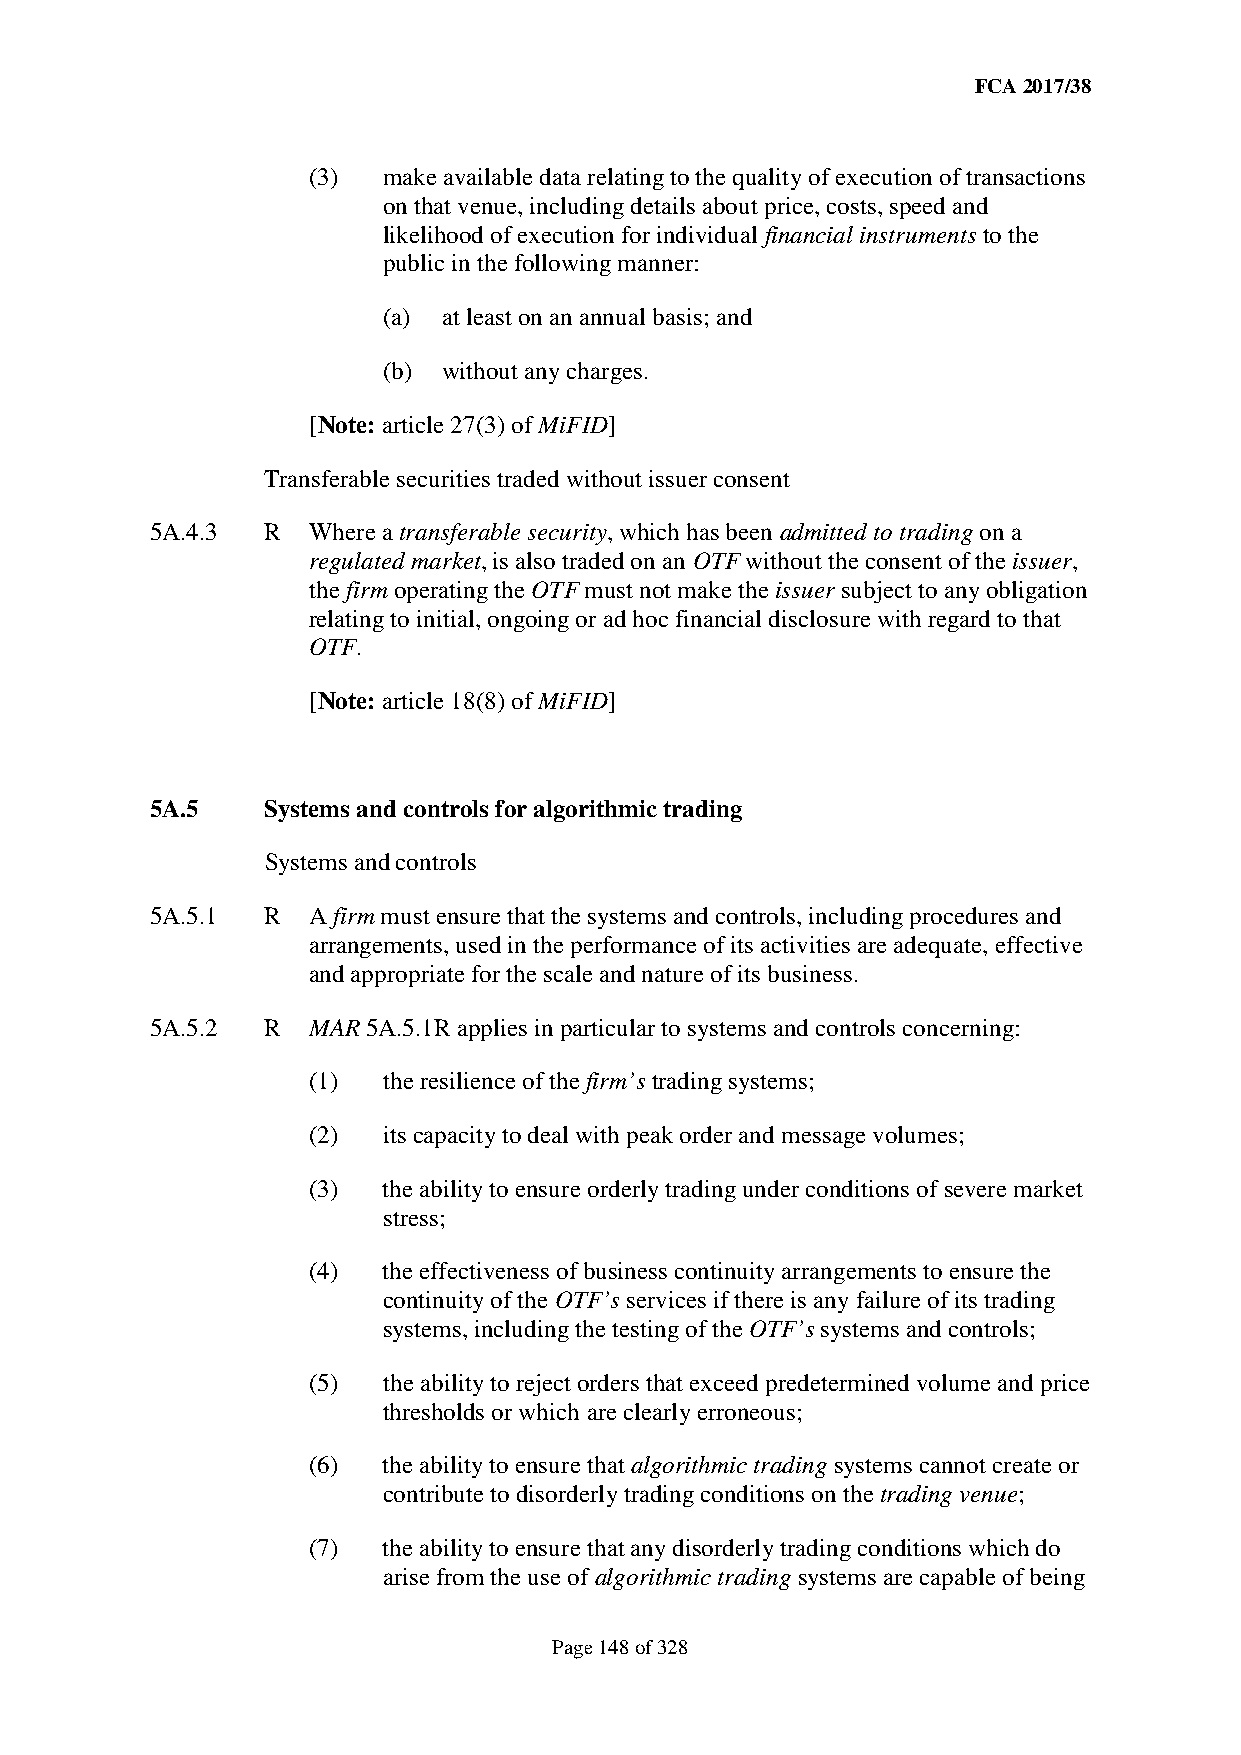
FCA 2017/38
 (3)  make available data relating to the quality of execution of transactions
 on that venue, including details about price, costs, speed and
 likelihood of execution for individual financial instruments to the
 public in the following manner:
 (a) at least on an annual basis; and
 (b) without any charges.
 [Note: article 27(3) of MiFID]
 Transferable securities traded without issuer consent
 5A.4.3  R Where a transferable security, which has been admitted to trading on a
 regulated market, is also traded on an OTF without the consent of the issuer,
 the firm operating the OTF must not make the issuer subject to any obligation
 relating to initial, ongoing or ad hoc financial disclosure with regard to that
 OTF.
 [Note: article 18(8) of MiFID]
 5A.5    Systems and controls for algorithmic trading
 Systems and controls
 5A.5.1  R A firm must ensure that the systems and controls, including procedures and
 arrangements, used in the performance of its activities are adequate, effective
 and appropriate for the scale and nature of its business.
 5A.5.2  R MAR 5A.5.1R applies in particular to systems and controls concerning:
 (1)  the resilience of the firm’s trading systems;
 (2)  its capacity to deal with peak order and message volumes;
 (3)  the ability to ensure orderly trading under conditions of severe market
 stress;
 (4)  the effectiveness of business continuity arrangements to ensure the
 continuity of the OTF’s services if there is any failure of its trading
 systems, including the testing of the OTF’s systems and controls;
 (5)  the ability to reject orders that exceed predetermined volume and price
 thresholds or which are clearly erroneous;
 (6)  the ability to ensure that algorithmic trading systems cannot create or
 contribute to disorderly trading conditions on the trading venue;
 (7)  the ability to ensure that any disorderly trading conditions which do
 arise from the use of algorithmic trading systems are capable of being
 Page 148 of 328